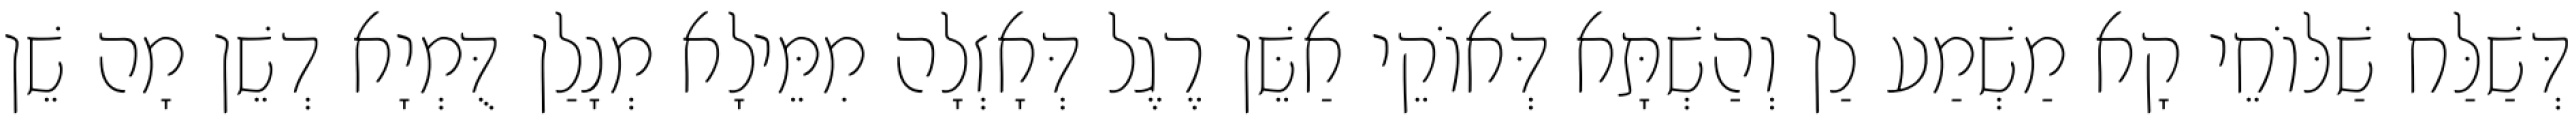
דְּשַׁלַּח שַׁלּוֹחֵי קָא מַשְׁמַע לַן וְהַשְׁתָּא דְּאוֹקֵי אַשֵּׁן רֶגֶל דְּאָזְלָה מִמֵּילָא מְנָלַן דֻּמְיָא דְשֵׁן מָה שֵׁן